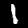
Label: 1